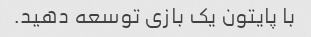
با پایتون یک بازی توسعه دهید.